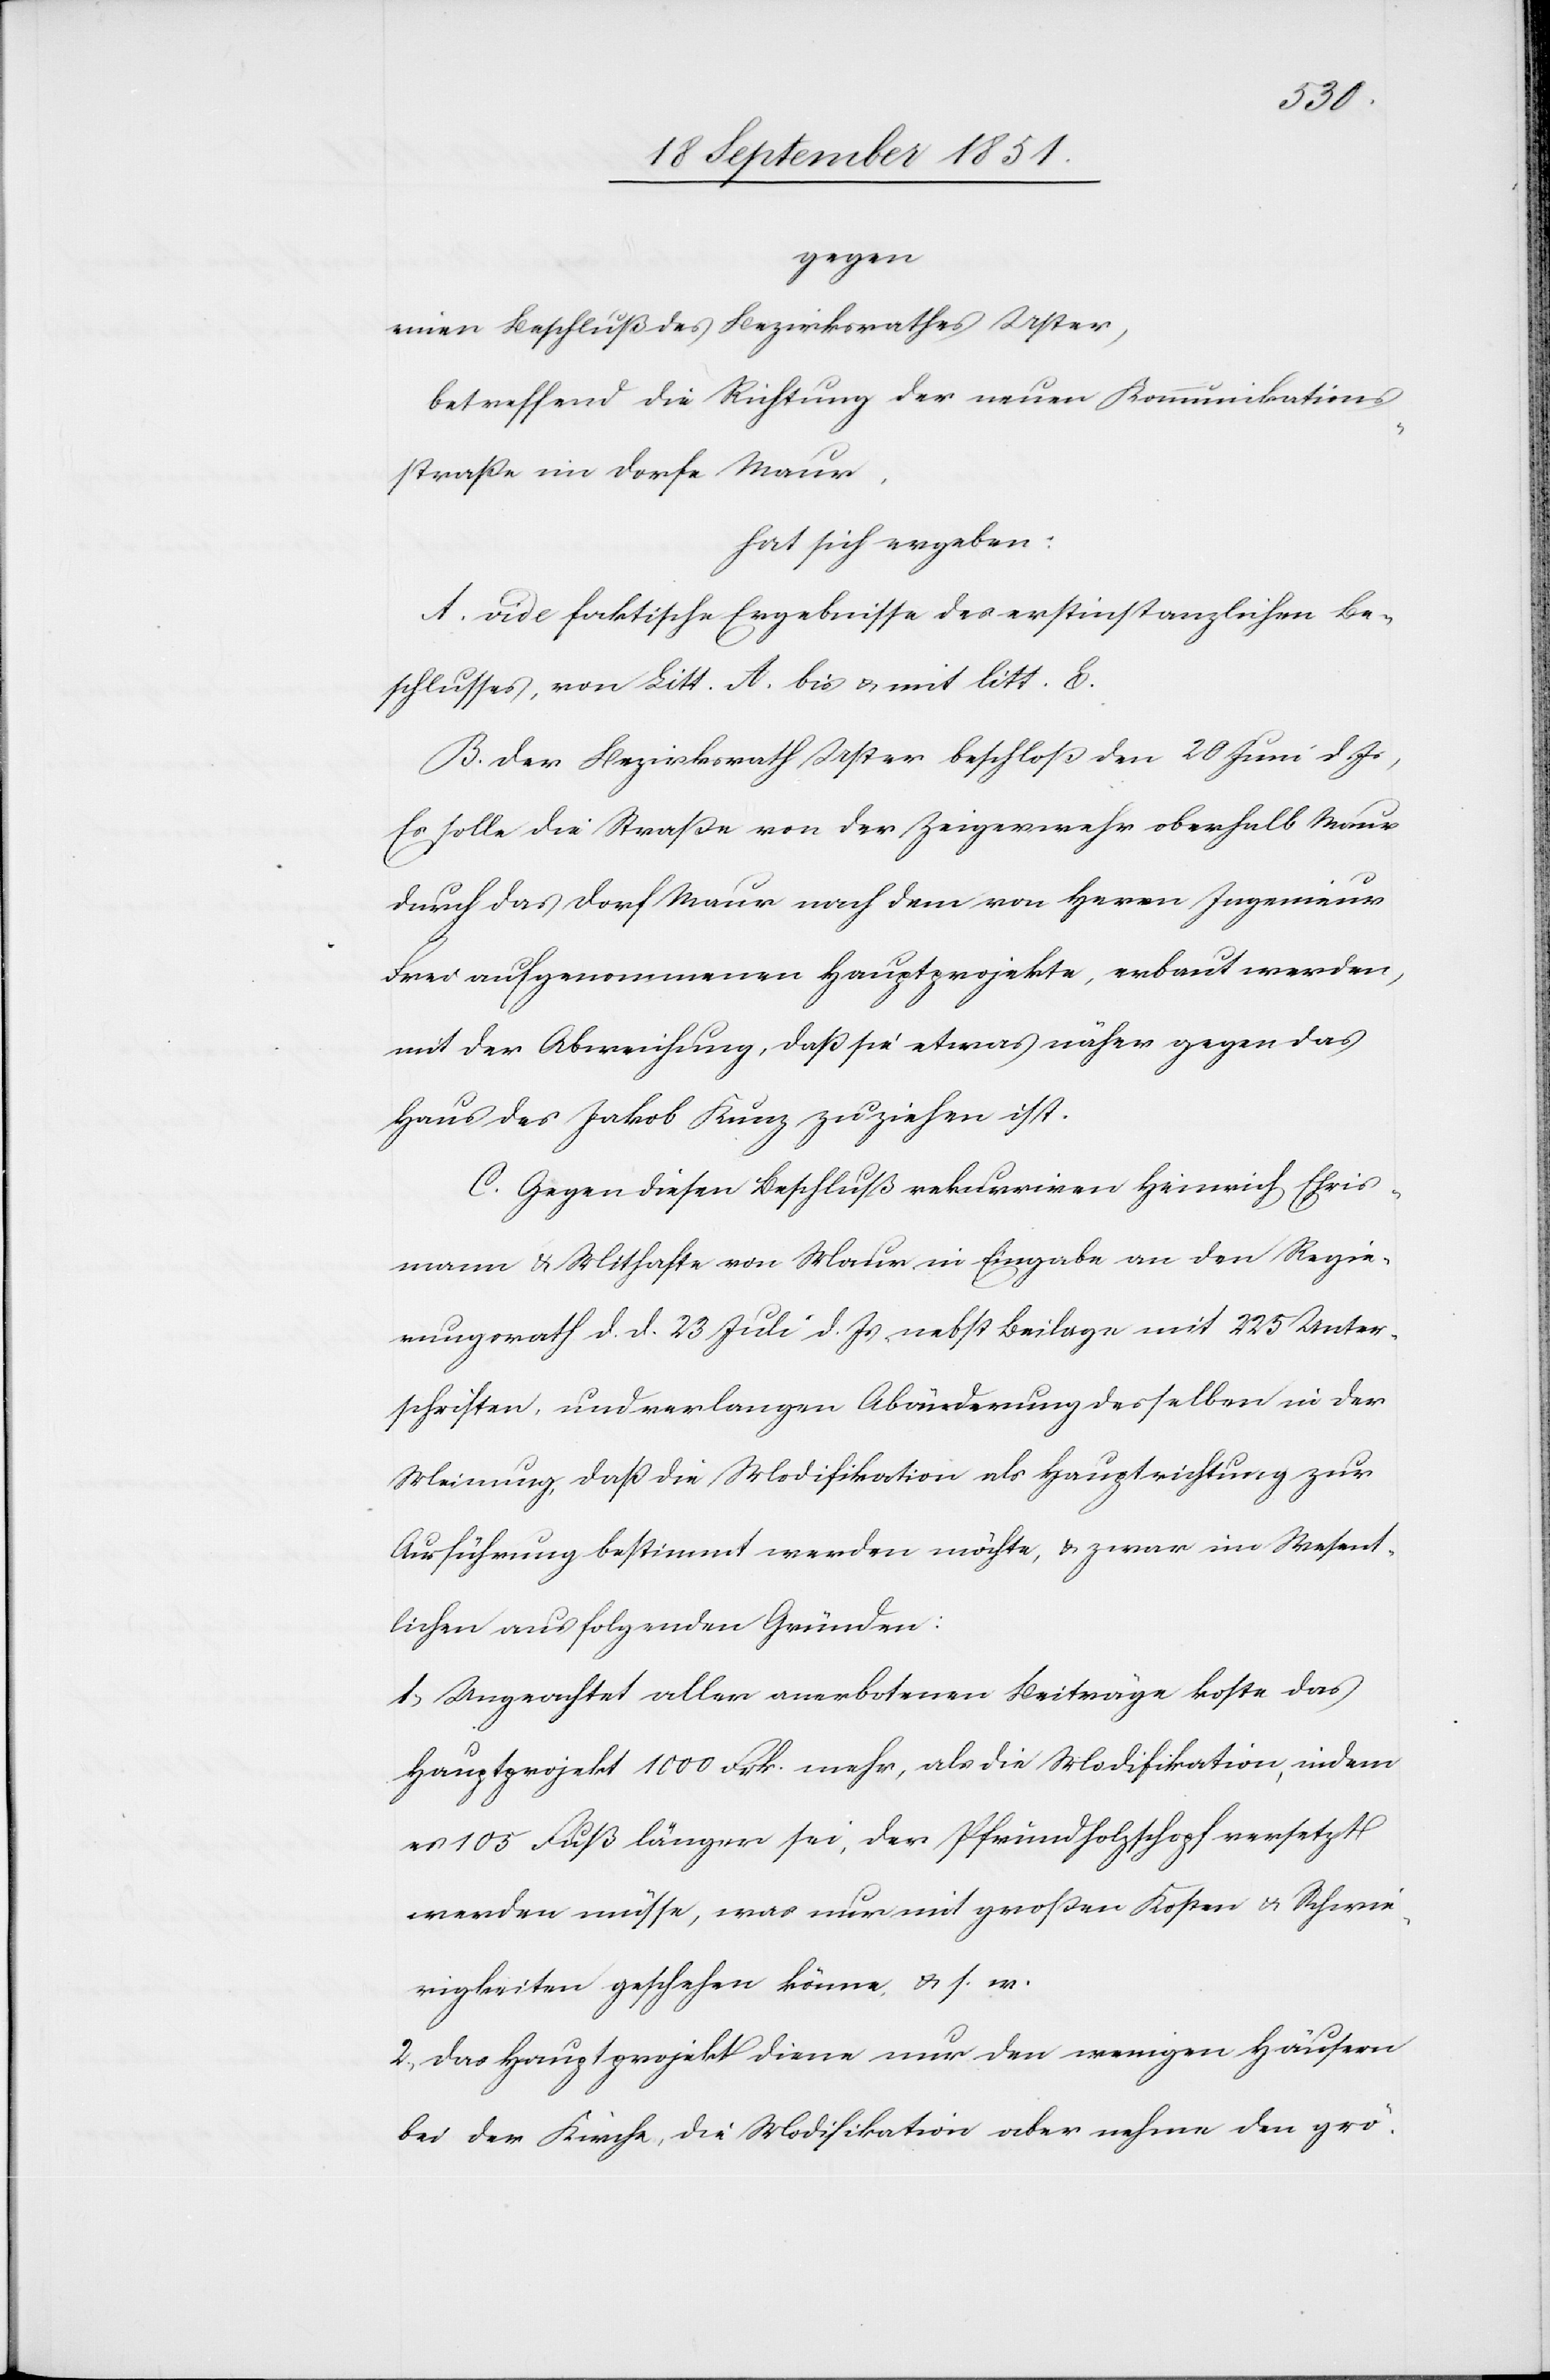
gegen
einen Beschluß des Bezirksrathes Uster,
betreffend die Richtung der neuen Kommunikations¬
straße im Dorfe Maur,
hat sich ergeben:
A. vide faktische Ergebnisse des erstinstanzlichen Be¬
schlusses, von Litt. A. bis & mit litt. E.
B. Der Bezirksrath Uster beschloß den 20 Juni d. Js,
Es solle die Straße von der Zeigerwehr oberhalb Maur
durch das Dorf Maur nach dem von Herrn Ingenieur
Frei aufgenommenen Hauptprojekte, erbaut werden,
mit der Abweichung, daß sie etwas näher gegen das
Haus des Jakob Kunz zu ziehen ist.
C. Gegen diesen Beschluß rekurriren Heinrich Ehris¬
mann & Mithafte von Maur in Eingabe an den Regie¬
rungsrath d. d. 23 Juli d. Js nebst Beilage mit 225 Unter¬
schriften, und verlangen Abänderung desselben in der
Meinung, daß die Modifikation als Hauptrichtung zur
Ausführung bestimmt werden möchte, & zwar im Wesent¬
lichen aus folgenden Gründen:
1., Ungeachtet aller anerbotenen Beiträge koste das
Hauptprojekt 1000 Frk. mehr, als die Modifikation, indem
es 105 Fuß länger sei, der Pfrundholzschopf versetzt
werden müsse, was nur mit großen Kosten & Schwie¬
rigkeiten geschehen könne, & s. w.
2., Das Hauptprojekt diene nur den wenigen Häusern
bei der Kirche, die Modifikation aber nehme den grö-